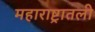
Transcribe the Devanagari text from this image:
महाराष्ट्रातली